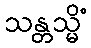
သန္တသ္မိံ